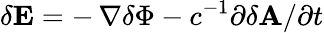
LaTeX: \delta{\mathbf E}=-\, \nabla\delta\Phi-c^{-1}\partial\delta{\mathbf A}/\partial t